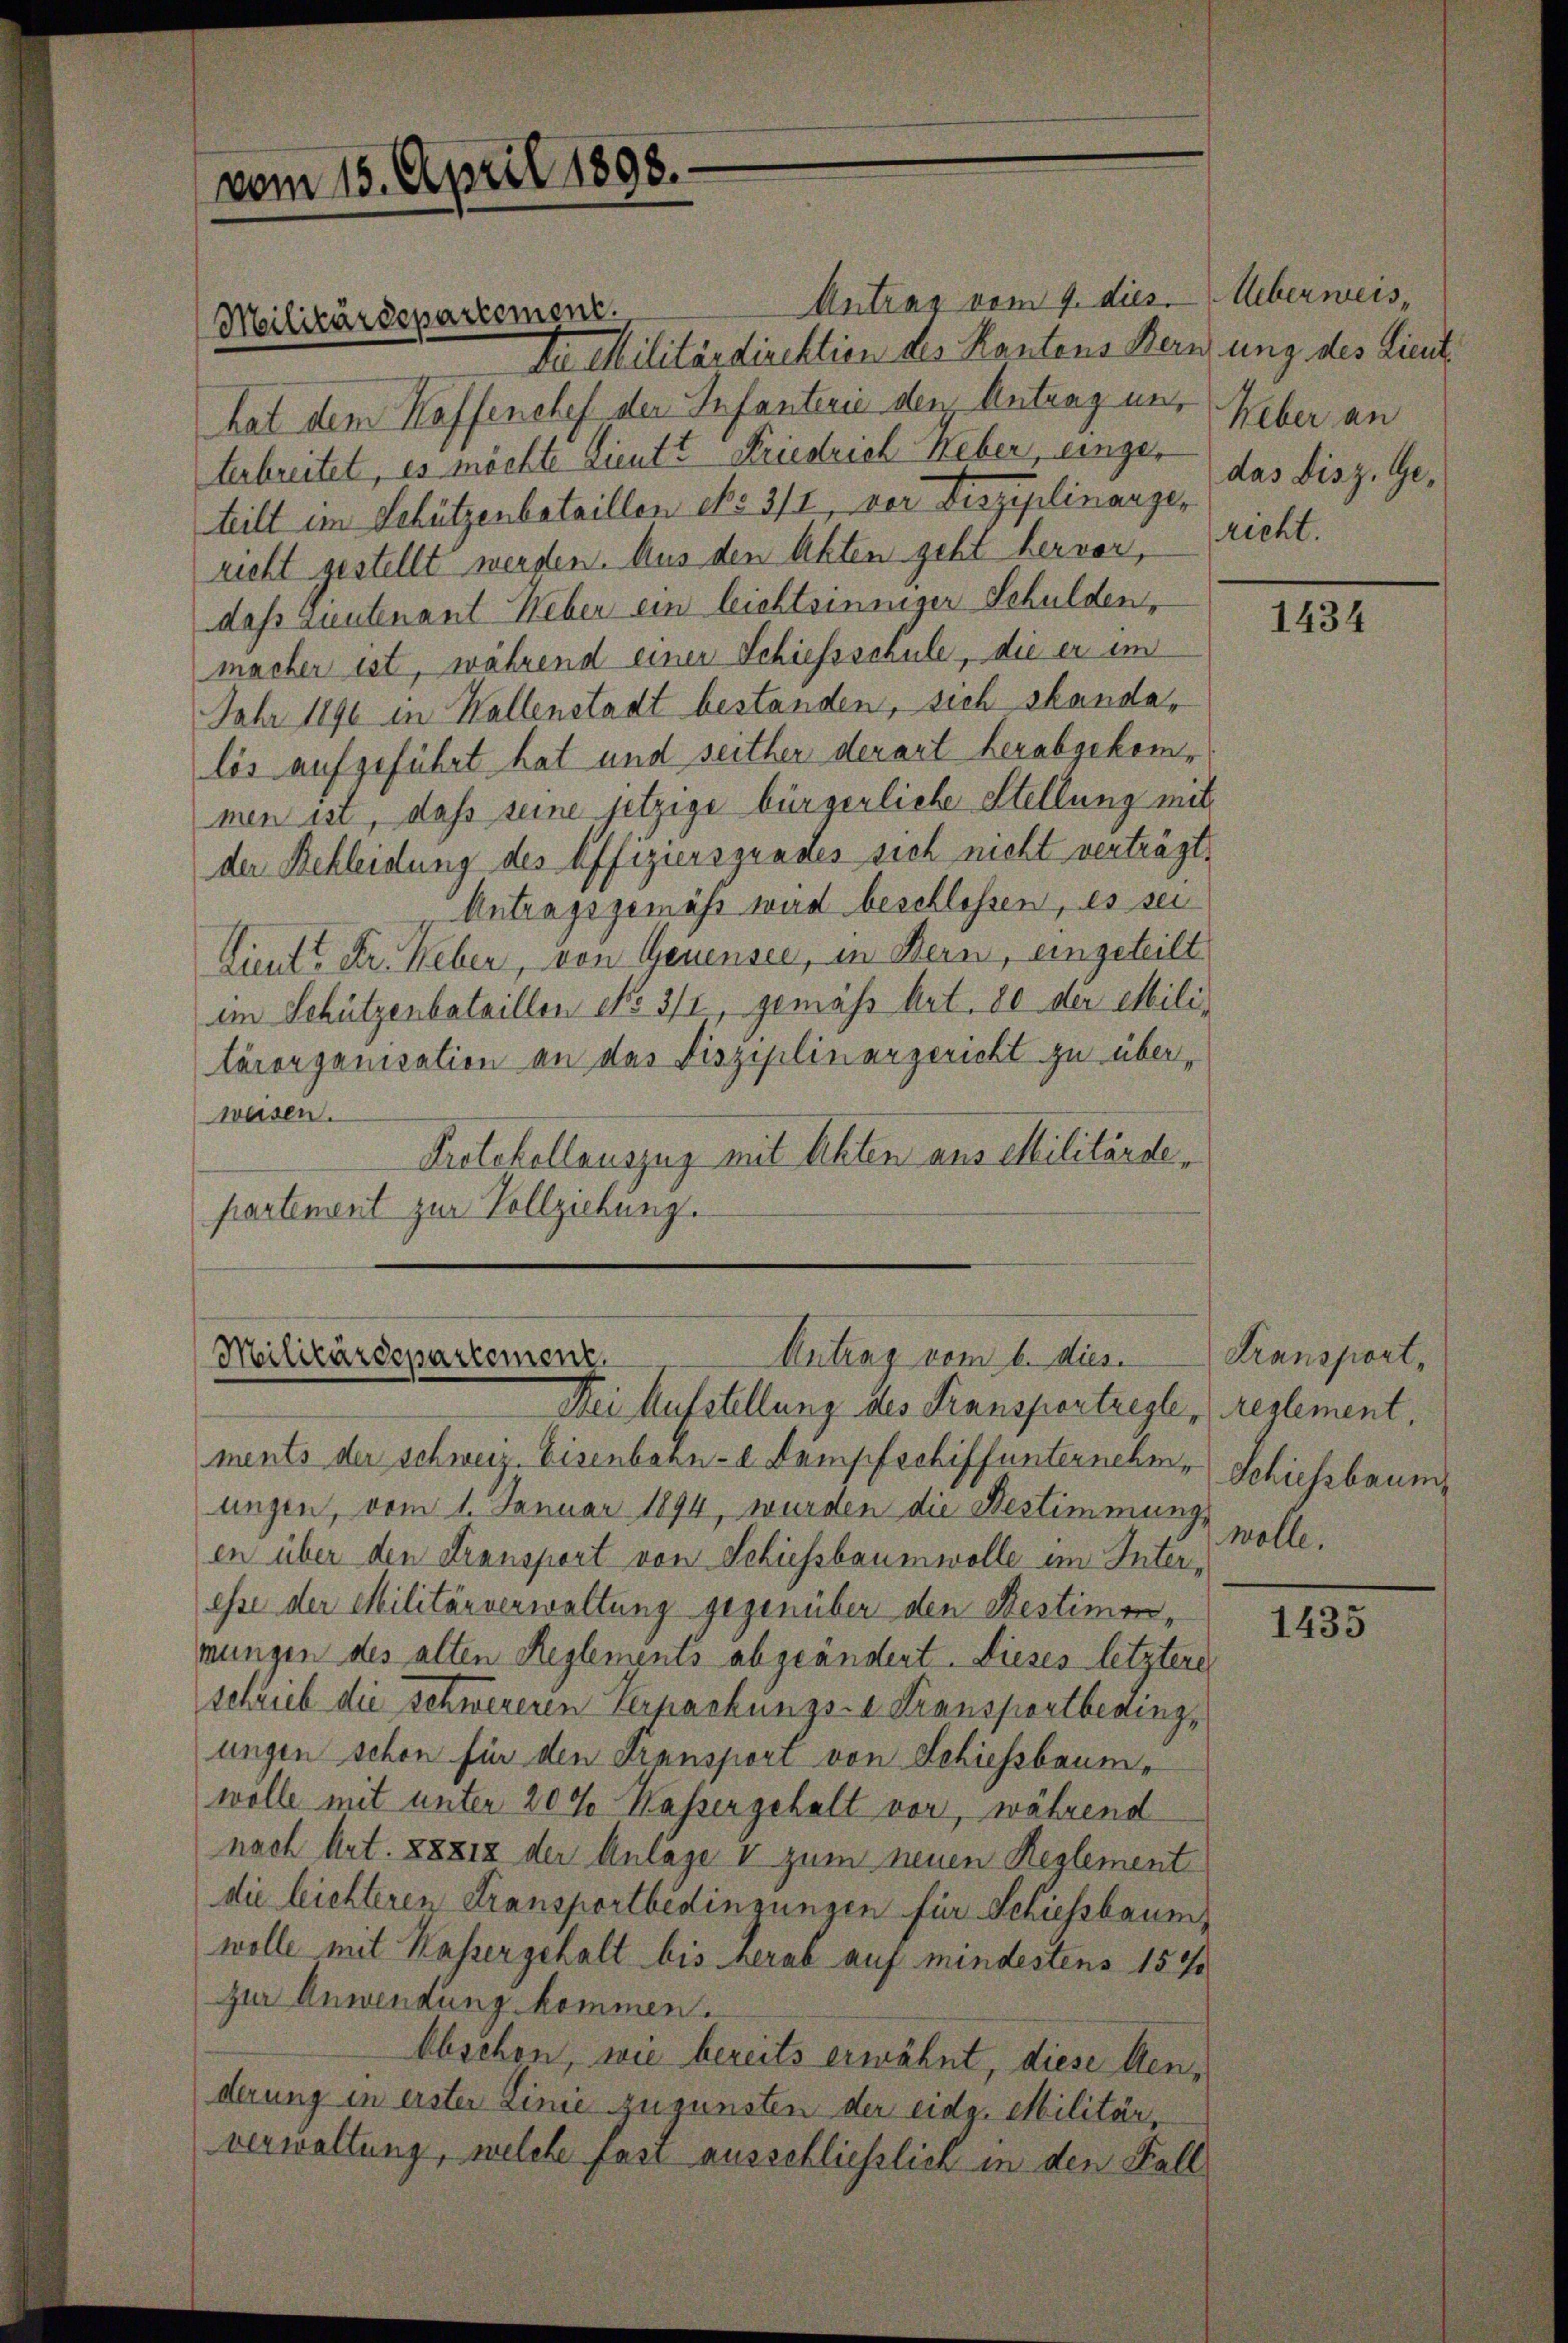
vom 15. April 1898.

Antrag vom 9. dies. Ueberweis¬
Da Militärdirektion des Kantens Kernung des Licit
hat dem Kaffenchef der Infanterie den Antrag aus Weber an
terbreitet, es möchte Lieutt Friedrich Keber, eingeteilt im Schützenbataillen ebo. 311, der Verziplinanzer
richt gestellt werden. Aus den Akten geht hervor,
dass Leutenant Weber ein leichtsinniger Schulden,
macher ist, während einer Schiessschule, die er im
Jahr 1890 in Wallenstadt bestanden, sich standalös aufgeführt hat und seither derart herabgekommen ist, daß seine jetzige bürgerliche Stellung mit
der Bekleidung des Offiziersgrades sich nicht verträgt,
Antragsgemäss wird beschlossen, es sei
Lieute Dr. Weber, von Genensee, in Bern, eingeteilt
im Schützenbataillen No 3/2, gemäß Art. 80 der Militärorganisation an das Disziplinargericht zu überweisen.
Protokollauszug mit Akten aus Militärde,
partement zur Vollziehung.

Militärdepartement.

Antrag vom 6. dies
Militärdepartement
Nei Aufstellung des Fransportregle¬

ments der Schweiz. Eisenbahn- u. Dampfschiffunternehmungen, vom 1. Januar 1894, wurden die Bestimmung,
en über den Transport von Schiessbaumwolle im Interesse der Militärverwaltung gegenüber den Restimenmungen des alten Reglements abgeändert. Dieses letztere
schrieb die Schwereren Verpachungs- u Fransportbeding-
ungen schon für den Fransport von Schiessbaum,
wölle mit unter 200 Kasser gehalt vor, während
nach Art. 88812 der Anlage I zum neuen Reglement
die leichteren Transportbedingungen für Schiessbaum
wolle mit Kassergehalt bis herab auf mindestens 157
zur Anwendung kommen.
Obschon, wie bereits erwähnt, diese Menderung in erster Linie zugunsten der eidg. Militär,
verwaltung, welche fast ausschließlich in den Fall

das Disz. Gericht.

1434

Transport,
reglement.
Schiessbaum
wolle.

1433